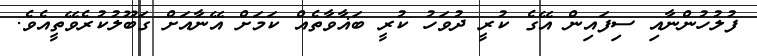
ފުލުހުންނާއި ސިފައިން އޭގެ ކުރީ ދުވަހު ކުރީ ބަޣާވާތެއް ކަމަށް އޭނާއަށް ގަބޫލުކުރެވޭތީއެވެ.